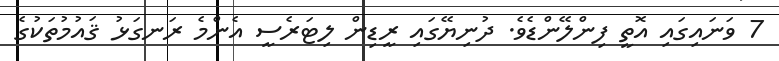
7 ވަނައިގައި އޮތީ ފިންލޭންޑެވެ. ދުނިޔޭގައި ރީޑިން ލިޓަރެސީ އެންމެ ރަނގަޅު ޤައުމުތަކުގެ